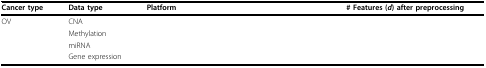
<table><thead><tr><td><b>Cancer type</b></td><td><b>Data type</b></td><td><b>Platform</b></td><td><b># Features (<i>d</i>) after preprocessing</b></td></tr></thead><tbody><tr><td>OV</td><td>CNA</td><td>[EMPTY_CELL]</td><td>[EMPTY_CELL]</td></tr><tr><td>[EMPTY_CELL]</td><td>Methylation</td><td>[EMPTY_CELL]</td><td>[EMPTY_CELL]</td></tr><tr><td>[EMPTY_CELL]</td><td>miRNA</td><td>[EMPTY_CELL]</td><td>[EMPTY_CELL]</td></tr><tr><td>[EMPTY_CELL]</td><td>Gene expression</td><td>[EMPTY_CELL]</td><td>[EMPTY_CELL]</td></tr></tbody></table>